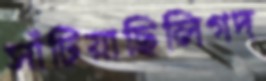
সাঁটিয়াছিলিগদ